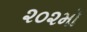
૨૦૨મો